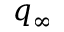
q _ { \infty }